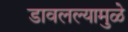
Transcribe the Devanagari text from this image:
डावलल्यामुळे